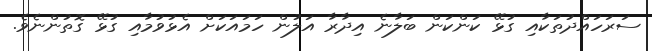
ސަރަހައްދުތަކާއި ގުޅޭ ކަންކަން ބަލާނެ އިދާރާ އަލުން ހަމައަކަށް އެޅުވުމާއި ގުޅޭ ގޮތުންނެވެ.